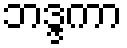
ဘဒ္ဒကာ